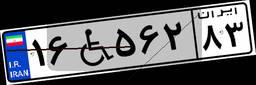
۱۶W۵۶۲۸۳